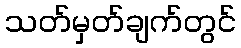
သတ်မှတ်ချက်တွင်